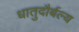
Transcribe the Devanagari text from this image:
धातुदौर्बल्य